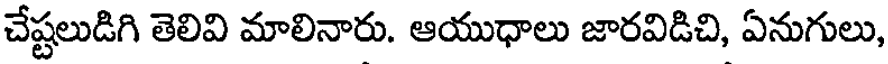
చేష్టలుడిగి తెలివి మాలినారు. ఆయుధాలు జారవిడిచి, ఏనుగులు,